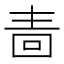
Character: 𭍠